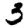
Digit: 3